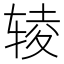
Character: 𰺊